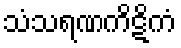
သံသရဏကိဋိကံ